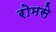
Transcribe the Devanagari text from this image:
रोमसे